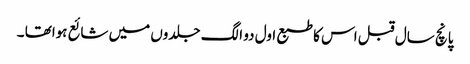
پانچ سال قبل اس کا طبع اول دو الگ جلدوں میں شائع ہواتھا ۔